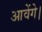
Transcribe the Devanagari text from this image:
आवेंगे।